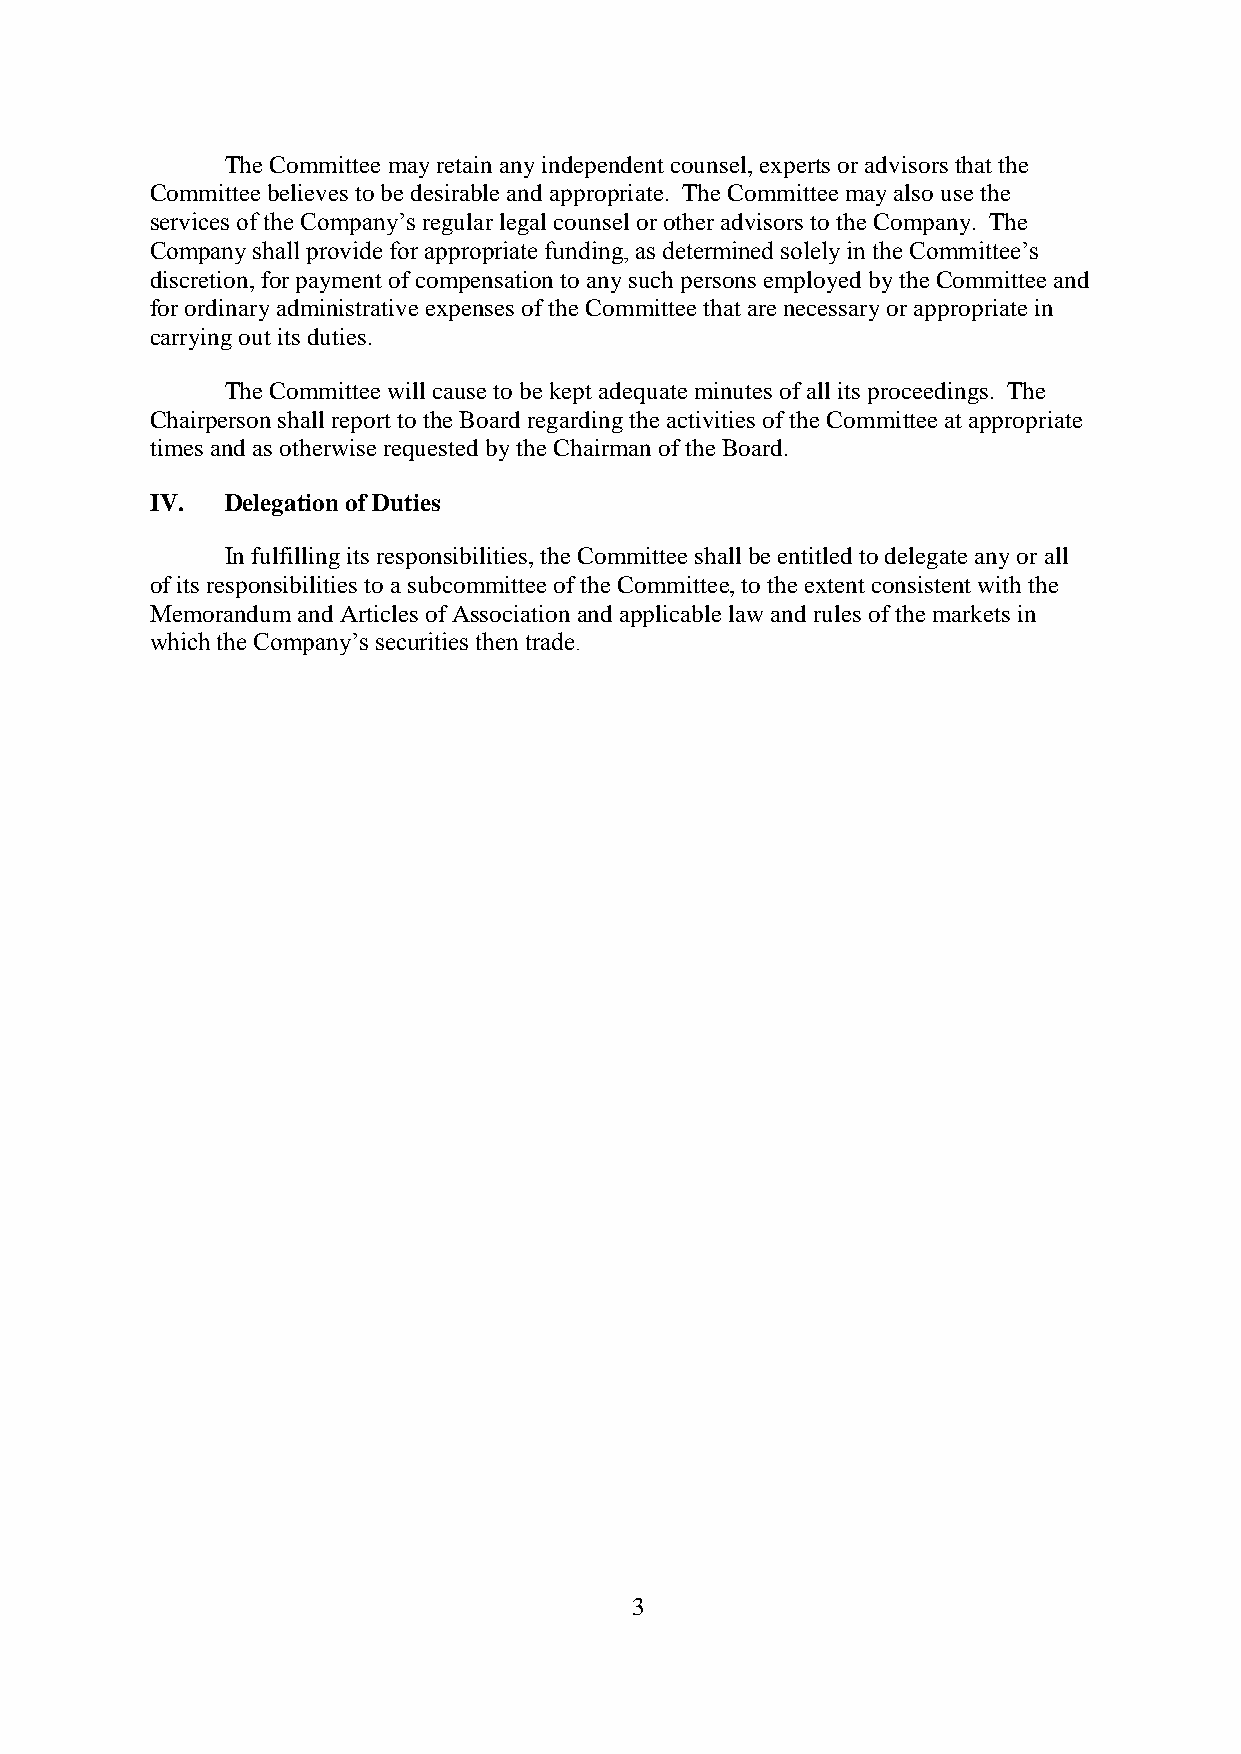
The Committee may retain any independent counsel, experts or advisors that the
 Committee believes to be desirable and appropriate. The Committee may also use the
 services of the Company’s regular legal counsel or other advisors to the Company. The
 Company shall provide for appropriate funding, as determined solely in the Committee’s
 discretion, for payment of compensation to any such persons employed by the Committee and
 for ordinary administrative expenses of the Committee that are necessary or appropriate in
 carrying out its duties.
 The Committee will cause to be kept adequate minutes of all its proceedings. The
 Chairperson shall report to the Board regarding the activities of the Committee at appropriate
 times and as otherwise requested by the Chairman of the Board.
 IV.  Delegation of Duties
 In fulfilling its responsibilities, the Committee shall be entitled to delegate any or all
 of its responsibilities to a subcommittee of the Committee, to the extent consistent with the
 Memorandum and Articles of Association and applicable law and rules of the markets in
 which the Company’s securities then trade.
 3